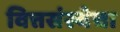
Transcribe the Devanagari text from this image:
वित्तसंस्थेचा